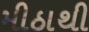
મીઠાથી